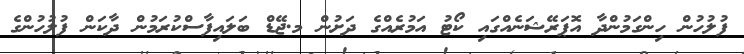
ފުލުހުން ހިންގަމުންދާ އޮޕަރޭޝަނެއްގައި ކޯޓު އަމުރެއްގެ ދަށުން މ.ޖޭޑް ބަލައިފާސްކުރަމުން ދާކަން ފުލުހުންގެ